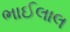
ભાઈલાલ